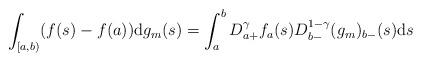
LaTeX: \begin{align*}\int_{\lbrack a,b)}(f(s)-f(a))\mathrm{d}g_{m}(s)=\int_{a}^{b}D_{a+}^{\gamma}f_{a}(s)D_{b-}^{1-\gamma }(g_{m})_{b-}(s)\mathrm{d}s \end{align*}